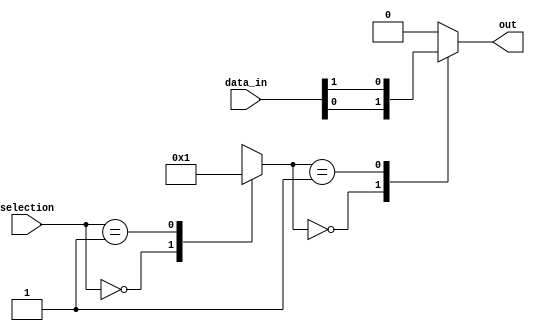
module mux_128to1 (
    input [127:0] data_in,
    input [6:0] selection,
    output reg out
);

reg [6:0] decoded_sel;

always @(*) begin
    case(selection)
        7'b0000000: decoded_sel = 7'b0000000;
        7'b0000001: decoded_sel = 7'b0000001;
        // Add cases for all selection values
        default: decoded_sel = 7'bxxxxxxx; // Handle invalid selection
    endcase
end

always @(*) begin
    case(decoded_sel)
        7'b0000000: out = data_in[0];
        7'b0000001: out = data_in[1];
        // Add cases for all decoded selection values
        default: out = 1'b0; // Default output
    endcase
end

endmodule